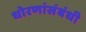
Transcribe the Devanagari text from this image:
धोरणांसंबंधी